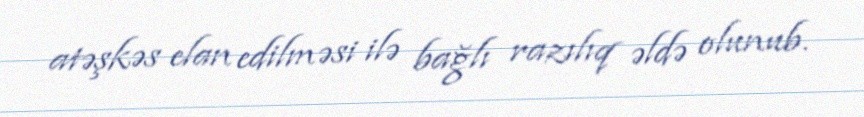
atəşkəs elan edilməsi ilə bağlı razılıq əldə olunub.